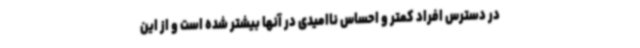
در دسترس افراد کمتر و احساس ناامیدی در آنها بیشتر شده است و از این